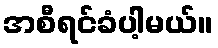
အစီရင်ခံပါ့မယ်။